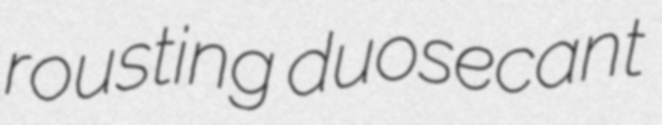
rousting duosecant